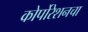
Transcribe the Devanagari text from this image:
कोर्पोरेशनचा